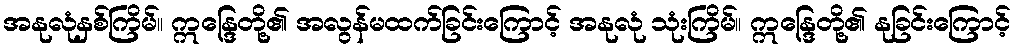
အနုလုံနှစ်ကြိမ်။ ဣန္ဒြေတို့၏ အလွန်မထက်ခြင်းကြောင့် အနုလုံ သုံးကြိမ်။ ဣန္ဒြေတို့၏ နုခြင်းကြောင့်